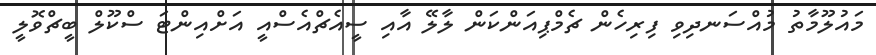
މައުލޫމާތު މުއްސަނދިވި ފިރިހެން ޗެމްޕިއަންކަން ލާލޭ އާއި ސީއެޗްއެސްއީ އަށްއިންޓަ ސްކޫލް ބީޗްވޮލީ